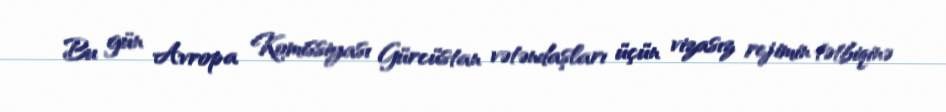
Bu gün Avropa Komissiyası Gürcüstan vətəndaşları üçün vizasız rejimin tətbiqinə